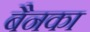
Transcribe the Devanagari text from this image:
बैनका